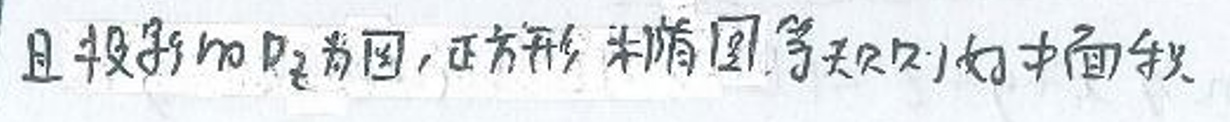
且投影$m\rho _{2}$为圆、正方形、椭圆等二次曲线的曲面。